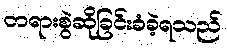
တရားစွဲဆိုခြင်းခံခဲ့ရသည်